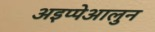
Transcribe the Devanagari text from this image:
अइप्पेआलुन